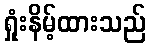
ရှုံးနိမ့်ထားသည်